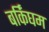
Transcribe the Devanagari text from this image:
बर्किंघम